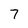
Character: 7